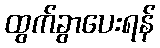
ထွက်ခွာပေးရန်